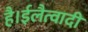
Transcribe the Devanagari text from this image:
है।ईलैत्वादी